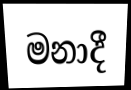
මනාදී